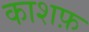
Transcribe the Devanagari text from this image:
काशफ़